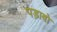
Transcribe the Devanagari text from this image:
पड़ावो